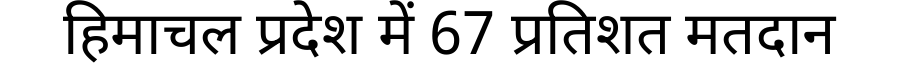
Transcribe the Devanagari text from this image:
हिमाचल प्रदेश में 67 प्रतिशत मतदान